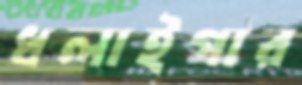
ধলাইপার